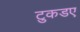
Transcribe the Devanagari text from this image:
टुकडए